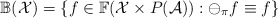
\begin{align*}\mathbb{B}(\mathcal{X})=\{f\in \mathbb{F}(\mathcal{X}\times P(\mathcal{A})): \ominus_{\pi} f \equiv f\}\end{align*}